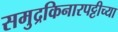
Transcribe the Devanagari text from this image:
समुद्रकिनारपट्टीच्या